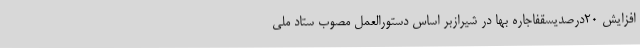
افزایش 20درصدیسقفاجاره بها در شیرازبر اساس دستورالعمل مصوب ستاد ملی